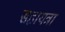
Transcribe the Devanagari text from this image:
सहायत्रा